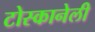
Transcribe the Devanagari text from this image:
टोस्कानेली